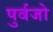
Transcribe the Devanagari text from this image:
पुर्वजो